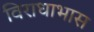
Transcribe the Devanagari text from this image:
विराधाभास